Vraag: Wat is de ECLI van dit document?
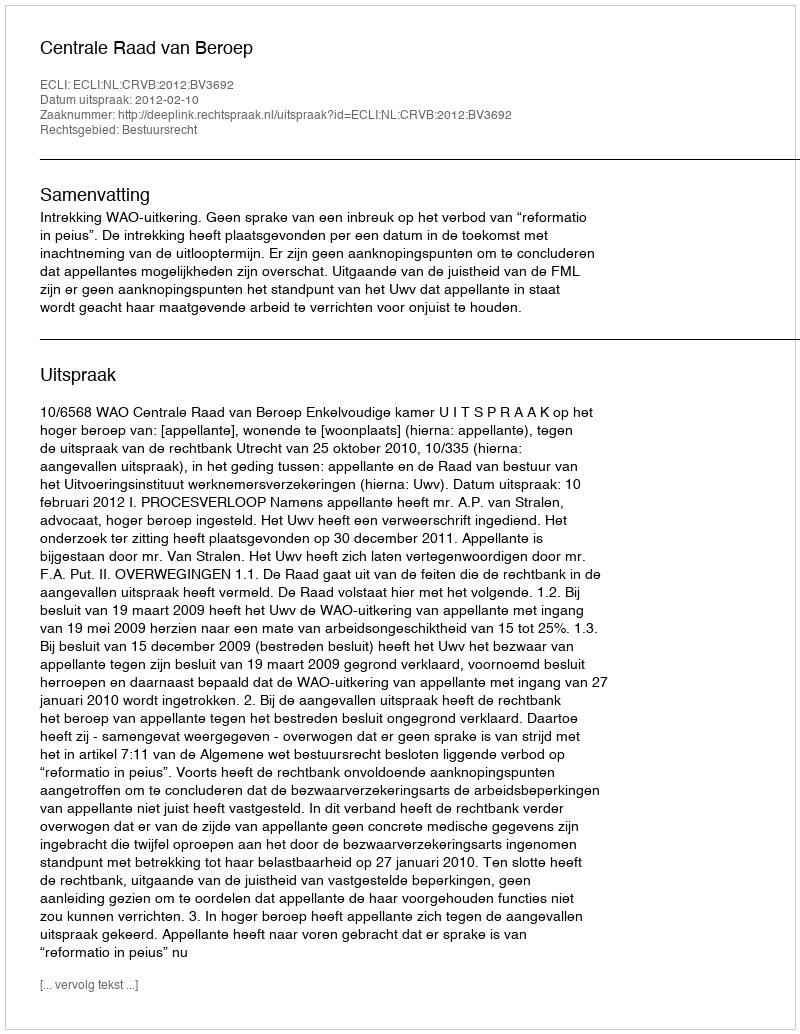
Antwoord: ECLI:NL:CRVB:2012:BV3692